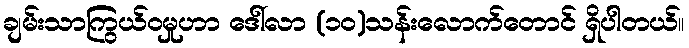
ချမ်းသာကြွယ်ဝမှုဟာ ဒေါ်လာ (၁၀)သန်းလောက်တောင် ရှိပါတယ်။